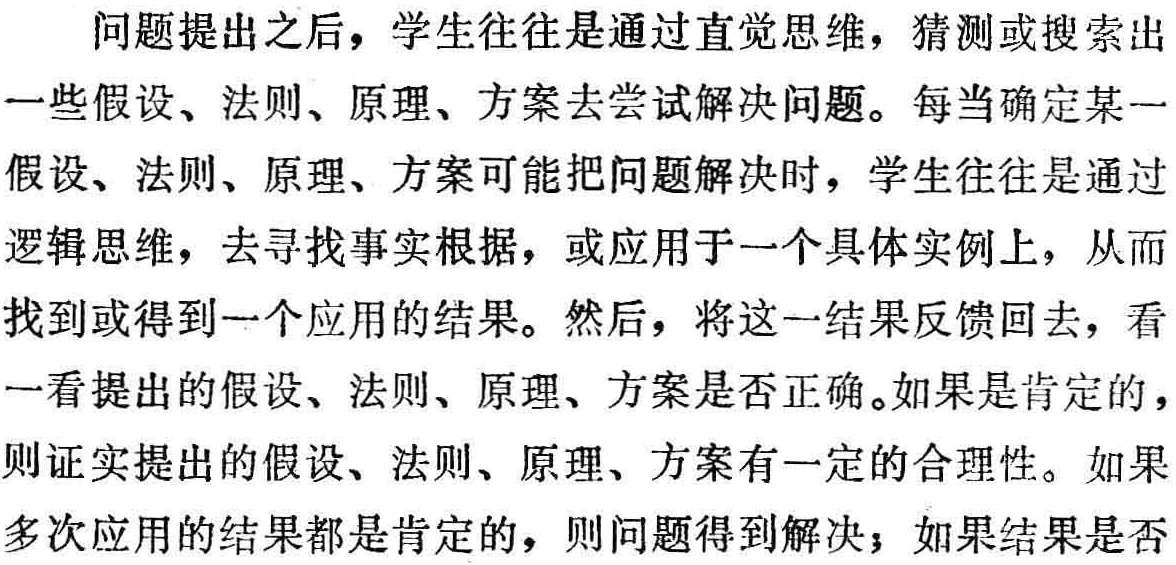
问题提出之后，学生往往是通过直觉思维，猜测或搜索出一些假设、法则、原理、方案去尝试解决问题。每当确定某一假设、法则、原理、方案可能把问题解决时，学生往往是通过逻辑思维，去寻找事实根据，或应用于一个具体实例上，从而找到或得到一个应用的结果。然后，将这一结果反馈回去，看一看提出的假设、法则、原理、方案是否正确。如果是肯定的，则证实提出的假设、法则、原理、方案有一定的合理性。如果多次应用的结果都是肯定的，则问题得到解决；如果结果是否